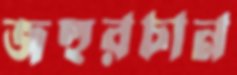
জহুরচান